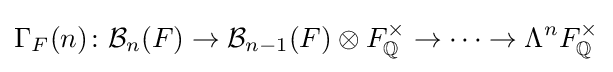
\Gamma _{F}(n)\colon {\mathcal {B}}_{n}(F)\to {\mathcal {B}}_{n-1}(F)\otimes F_{\mathbb {Q} }^{\times }\to \dots \to \Lambda ^{n}F_{\mathbb {Q} }^{\times }